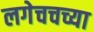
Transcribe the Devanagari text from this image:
लगेचचच्या